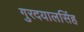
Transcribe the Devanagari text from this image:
गुरदयालसिंह